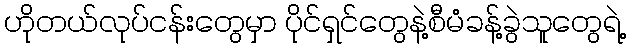
ဟိုတယ်လုပ်ငန်းတွေမှာ ပိုင်ရှင်တွေနဲ့စီမံခန့်ခွဲသူတွေရဲ့